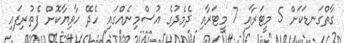
ގާތްގަނޑަކަށް 5 މީޓަރާއި 7 މީޓަރާއި ދެމެދުގެ އުސްމިނެއްގައި ހެދޭ ހާވިޔާކޮށް ފެތުރިފައި